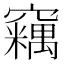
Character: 𱷛